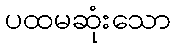
ပထမဆုံးသော